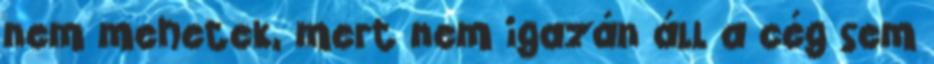
nem mehetek, mert nem igazán áll a cég sem